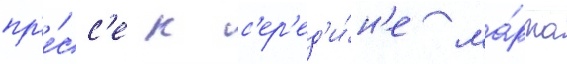
пр'е́сс'е к с'ер'ед'и́н'е ма́рта